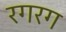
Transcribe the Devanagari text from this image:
रगरग